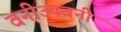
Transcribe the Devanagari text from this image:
वनीउपवनीं